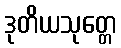
ဒုတိယသုတ္တေ